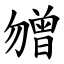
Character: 㬟